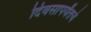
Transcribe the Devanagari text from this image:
दिवसापर्यंतचे